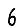
Digit: 6